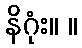
နိဂုံး။ ။